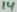
Text: 14